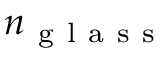
n _ { \mathrm { ~ g ~ l ~ a ~ s ~ s ~ } }